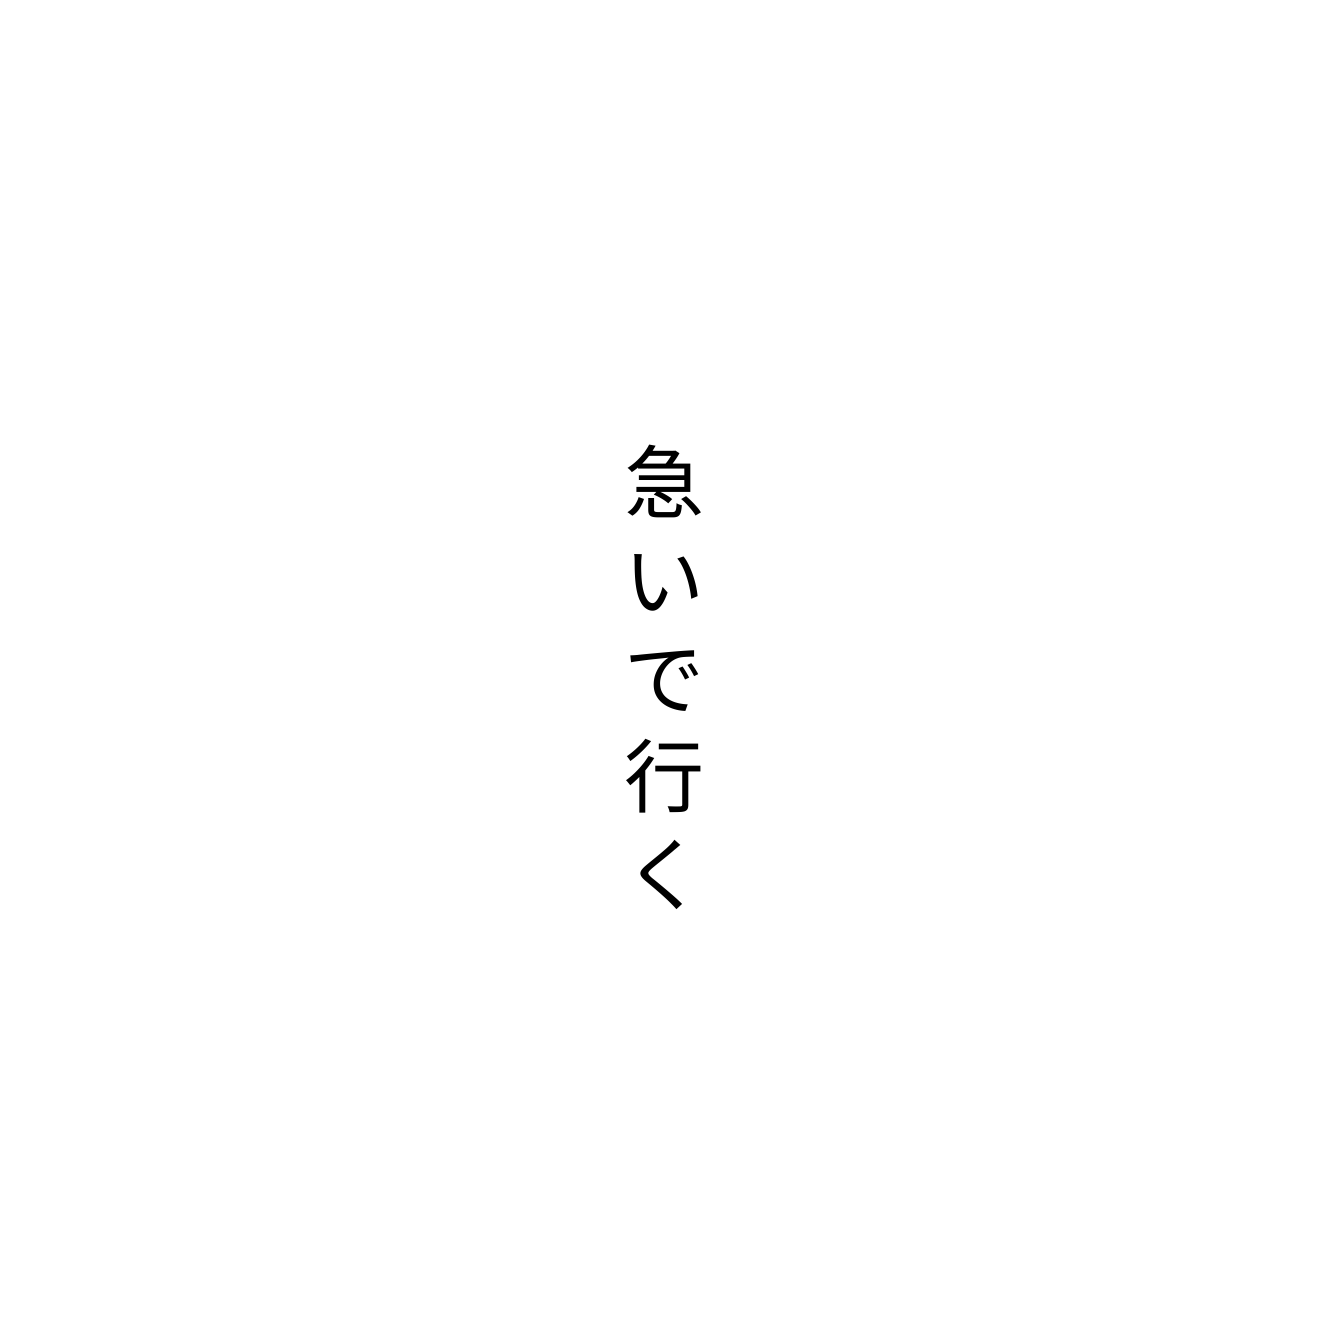
急いで行く